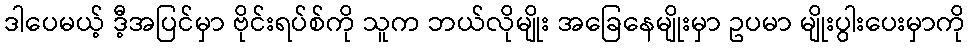
ဒါပေမယ့် ဒီ့အပြင်မှာ ဗိုင်းရပ်စ်ကို သူက ဘယ်လိုမျိုး အခြေနေမျိုးမှာ ဥပမာ မျိုးပွါးပေးမှာကို